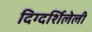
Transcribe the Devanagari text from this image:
दिग्दर्शिलेली